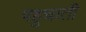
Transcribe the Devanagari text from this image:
पहुचाती